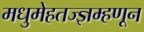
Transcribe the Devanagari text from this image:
मधुमेहतज्ज्ञम्हणून